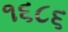
૧૬૮૬